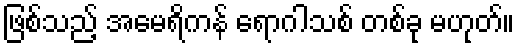
ဖြစ်သည့် အမေရိကန် ရောဂါသစ် တစ်ခု မဟုတ်။